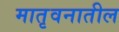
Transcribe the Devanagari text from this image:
मातृवनातील